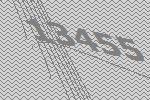
13455